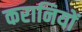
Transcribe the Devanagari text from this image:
करानियों